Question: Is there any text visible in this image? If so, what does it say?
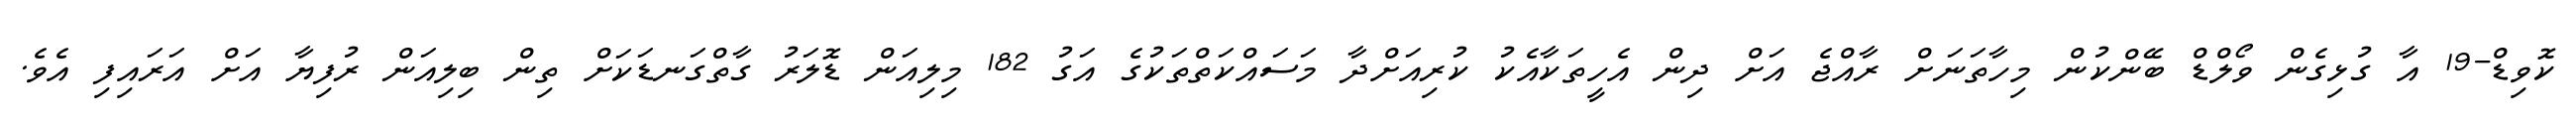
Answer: ކޮވިޑް-19 އާ ގުޅިގެން ވޯލްޑް ބޭންކުން މިހާތަނަށް ރާއްޖެ އަށް ދިން އެހީތަކާއެކު ކުރިއަށްދާ މަސައްކަތްތަކުގެ އަގު 182 މިލިއަން ޑޮލަރު ގާތްގަނޑަކަށް ތިން ބިލިއަން ރުފިޔާ އަށް އަރައިފި އެވެ.